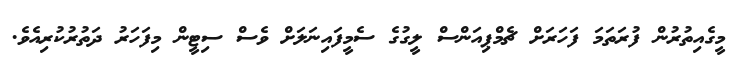
މީގެއިތުރުން ފުރަތަމަ ފަހަރަށް ޗެމްޕިއަންސް ލީގުގެ ސެމީފައިނަލަށް ވެސް ސިޓީން މިފަހަރު ދަތުރުކުރިއެވެ.